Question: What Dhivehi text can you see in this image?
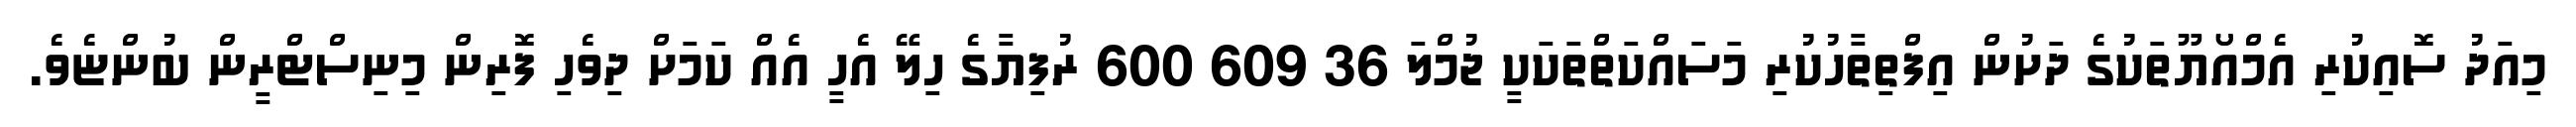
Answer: މިއަދު ސޮއިކުރި އެމްއޯޔޫތަކުގެ ދަށުން އިފްތިތާހުކުރި މަސައްކަތްތަކަކީ ޖުމްލަ 36 609 600 ރުފިޔާގެ ހިލޭ އެހީ އެއް ކަމަށް ދިވެހި ފޮރިން މިނިސްޓްރީން ބުންޏެވެ.